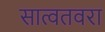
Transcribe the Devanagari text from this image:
सात्वतवरा